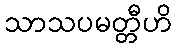
သာသပမတ္တီဟိ